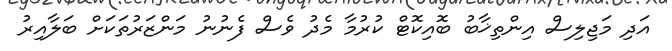
އަދި މަޖިލިސް އިންތިޚާބު ބޮއިކޮޓް ކުރުމާ މެދު ވެސް ފެނުނު މަންޒަރުތަކަށް ބަލާއިރު